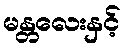
မန္တလေးနှင့်